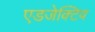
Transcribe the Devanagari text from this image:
एडजेक्टिव